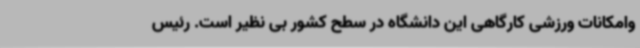
وامکانات ورزشی کارگاهی این دانشگاه در سطح کشور بی نظیر است. رئیس